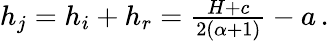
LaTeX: \begin{array}{r}{h_{j}=h_{i}+h_{r}=\frac{H+c}{2(\alpha+1)}-a\, .}\end{array}